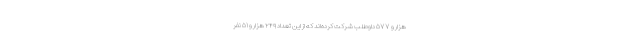
هزار و ۵۷۷ داوطلب شرکت کرده‌اند که از این تعداد ۲۴۹ هزار و ۵۱ نفر